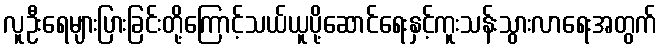
လူဦးရေများပြားခြင်းတို့ကြောင့်သယ်ယူပို့ဆောင်ရေးနှင့်ကူးသန်းသွားလာရေးအတွက်